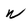
Character: w